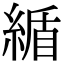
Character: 䋸